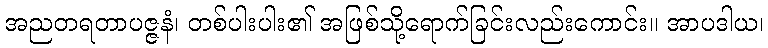
အညတရတာပဇ္ဇနံ၊ တစ်ပါးပါး၏ အဖြစ်သို့ရောက်ခြင်းလည်းကောင်း။ အာပဒါယ၊